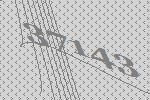
37143